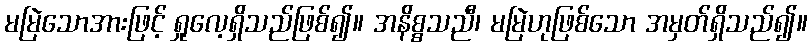
မမြဲသောအားဖြင့် ရှုလေ့ရှိသည်ဖြစ်၍။ အနိစ္စသညီ၊ မမြဲဟုဖြစ်သော အမှတ်ရှိသည်၍။